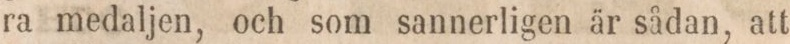
ra medaljen, och som sannerligen är sådan, att